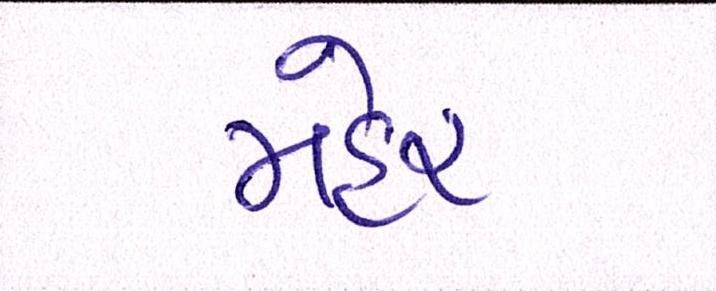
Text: મહેર